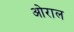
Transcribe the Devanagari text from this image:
ओराल